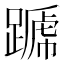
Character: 𨄪